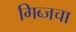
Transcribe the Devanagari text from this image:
गिब्जचा